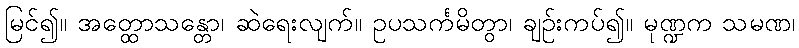
မြင်၍။ အတ္ထောသန္တော၊ ဆဲရေးလျက်။ ဥပသင်္ကမိတွာ၊ ချဉ်းကပ်၍။ မုဏ္ဍက သမဏ၊